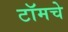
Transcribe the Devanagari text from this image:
टॉमचे